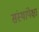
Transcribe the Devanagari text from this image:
संस्थांपेक्षा